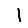
Digit: 1